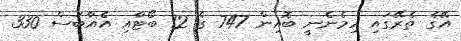
އޭގެ ތެރޭގައި ހިމެނެނީ ބޮއިން 747 ގެ 12 ބޯޓާއި އެއާބަސް 330